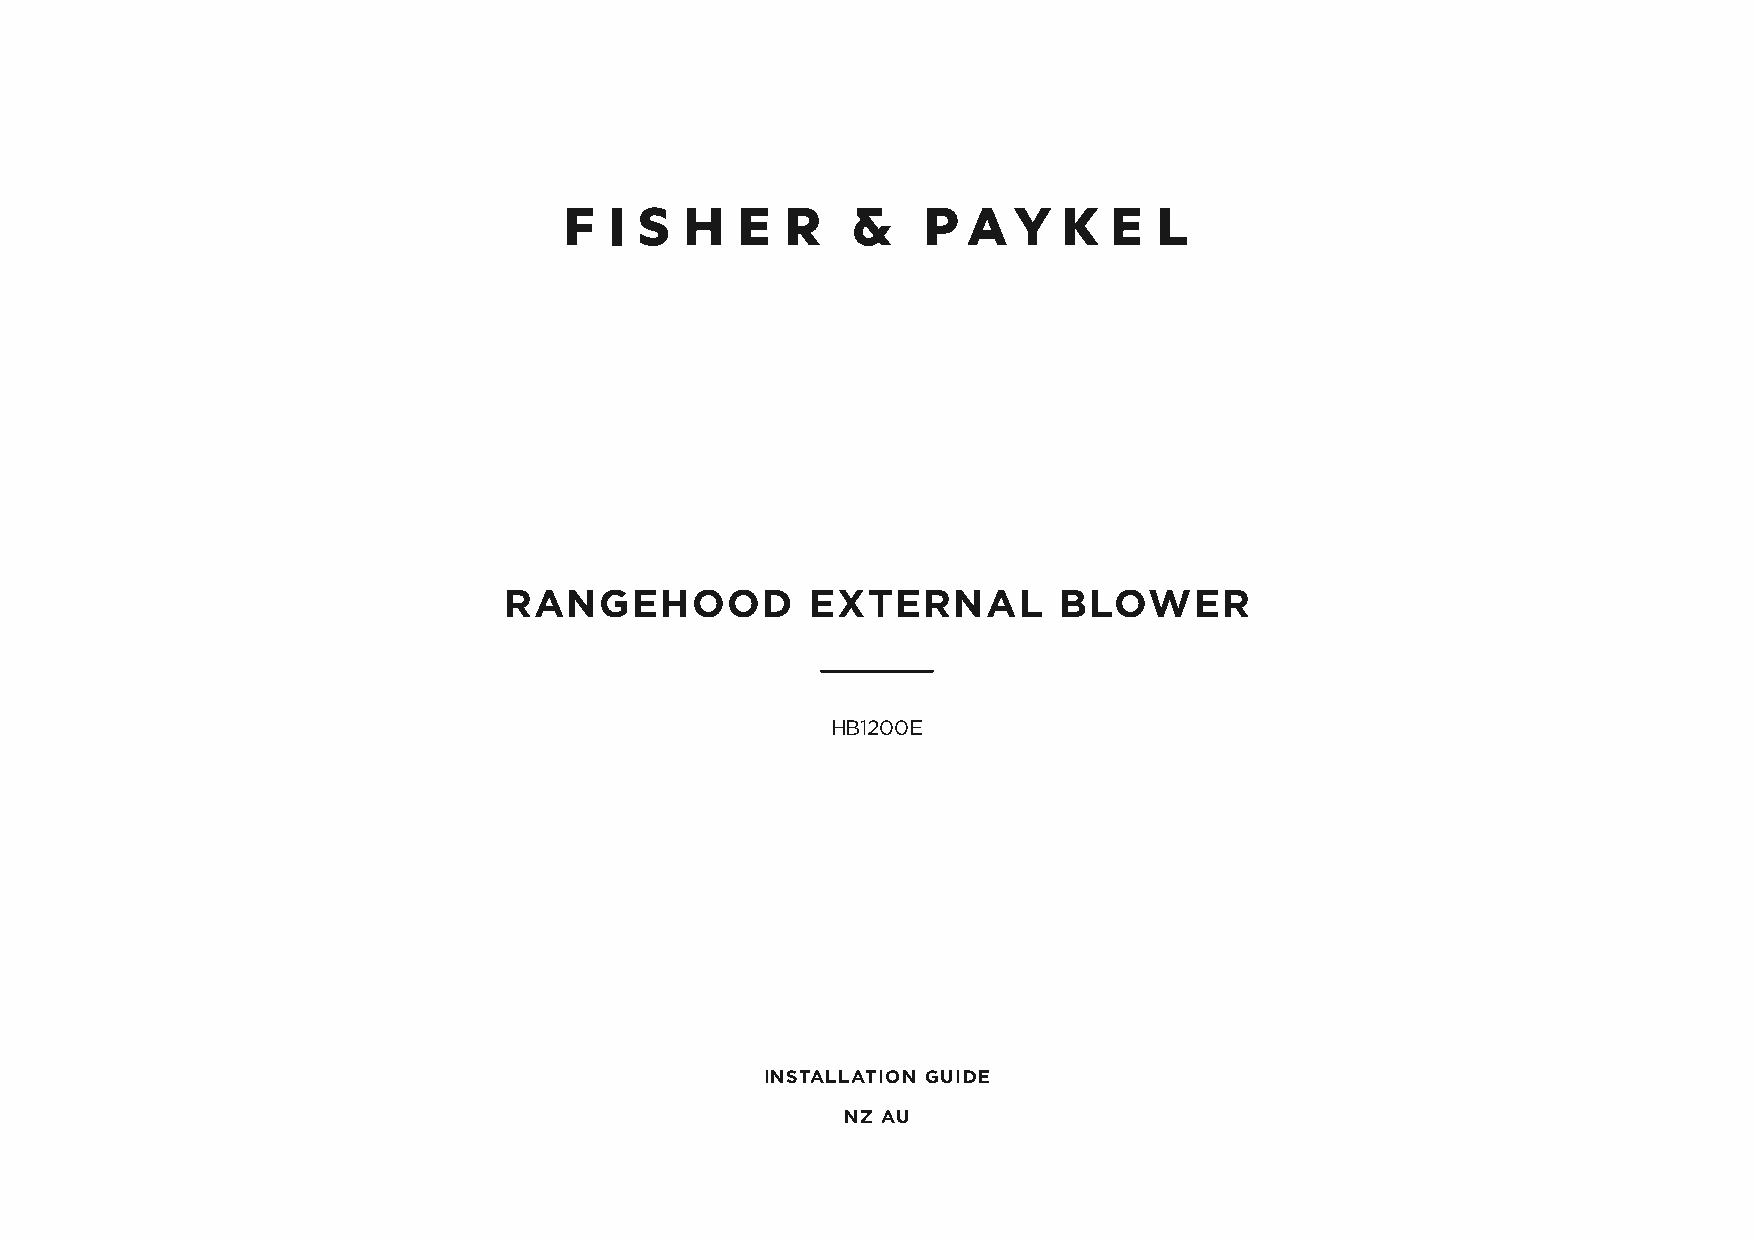
RANGEHOOD            EXTERNAL        BLOWER
 HB1200E
 INSTALLATION GUIDE
 NZ AU